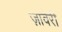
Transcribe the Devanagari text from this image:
ज़ावेरी